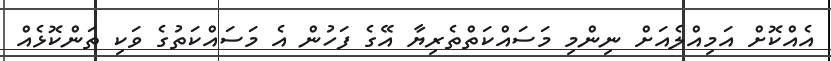
އެއްކޮށް އަމިއްލެއަށް ނިންމި މަސައްކަތްތެރިޔާ އޭގެ ފަހުން އެ މަސައްކަތުގެ ވަކި ތަންކޮޅެއް